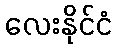
လေးနိုင်ငံ